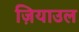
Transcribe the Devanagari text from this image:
ज़ियाउल